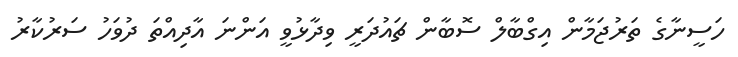
ހަސީނާގެ ތަރުޖަމާން އިގްބާލް ސޮބާން ޗައުދަރީ ވިދާޅުވީ އަންނަ އާދިއްތަ ދުވަހު ސަރުކާރު